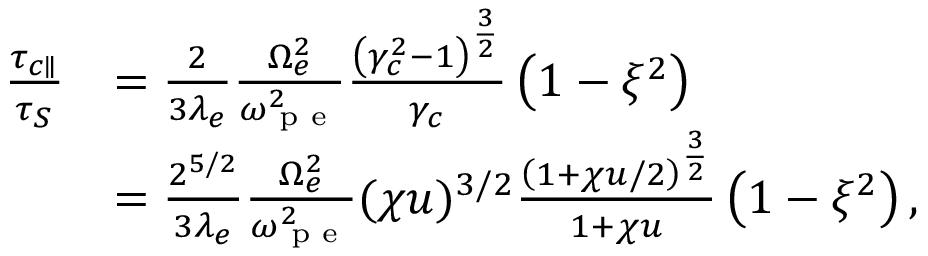
\begin{array} { r l } { \frac { \tau _ { c \parallel } } { \tau _ { S } } } & { = \frac { 2 } { 3 \lambda _ { e } } \frac { \Omega _ { e } ^ { 2 } } { \omega _ { \textrm { p e } } ^ { 2 } } \frac { \left( \gamma _ { c } ^ { 2 } - 1 \right) ^ { \frac { 3 } { 2 } } } { \gamma _ { c } } \left( 1 - \xi ^ { 2 } \right) } \\ & { = \frac { 2 ^ { 5 / 2 } } { 3 \lambda _ { e } } \frac { \Omega _ { e } ^ { 2 } } { \omega _ { \textrm { p e } } ^ { 2 } } ( \chi u ) ^ { 3 / 2 } \frac { \left( 1 + \chi u / 2 \right) ^ { \frac { 3 } { 2 } } } { 1 + \chi u } \left( 1 - \xi ^ { 2 } \right) , } \end{array}